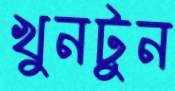
খুনটুন